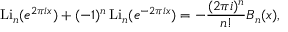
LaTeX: \operatorname { L i } _ { n } ( e ^ { 2 \pi i x } ) + ( - 1 ) ^ { n } \operatorname { L i } _ { n } ( e ^ { - 2 \pi i x } ) = - { \frac { ( 2 \pi i ) ^ { n } } { n ! } } B _ { n } ( x ) ,